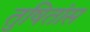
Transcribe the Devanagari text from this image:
तुषितांस